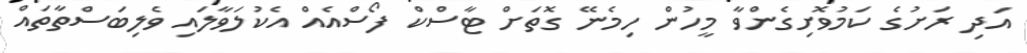
އަދި ރަށުގެ ކަމުވޮށިގެންވާ މީހުން ހިމެނޭ ގޮތަށް ޓާސްކް ފޯސްއެއް އެކުލަވާލައި ވެލިބަސްތާތައް